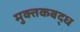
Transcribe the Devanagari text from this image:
मुक्तकबद्ध